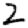
Digit: 2